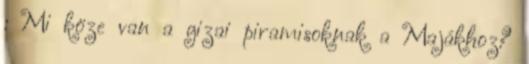
: Mi köze van a gizai piramisoknak a Majákhoz?